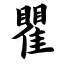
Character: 瞿